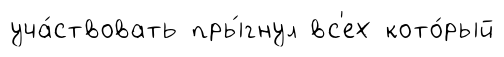
уча́ствовать пры́гнул вс'ех кото́рый